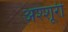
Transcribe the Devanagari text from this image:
अश्शूरी